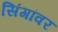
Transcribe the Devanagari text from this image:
सिंगांवर